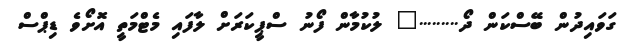
ގަވައިދުން ބޭސްކަން ދޯ........." ލުކުމާން ފޯނު ސްޕީކަރަށް ލާފައި މެޓްމަތީ އޮށޯވެ ޑިޕްސް